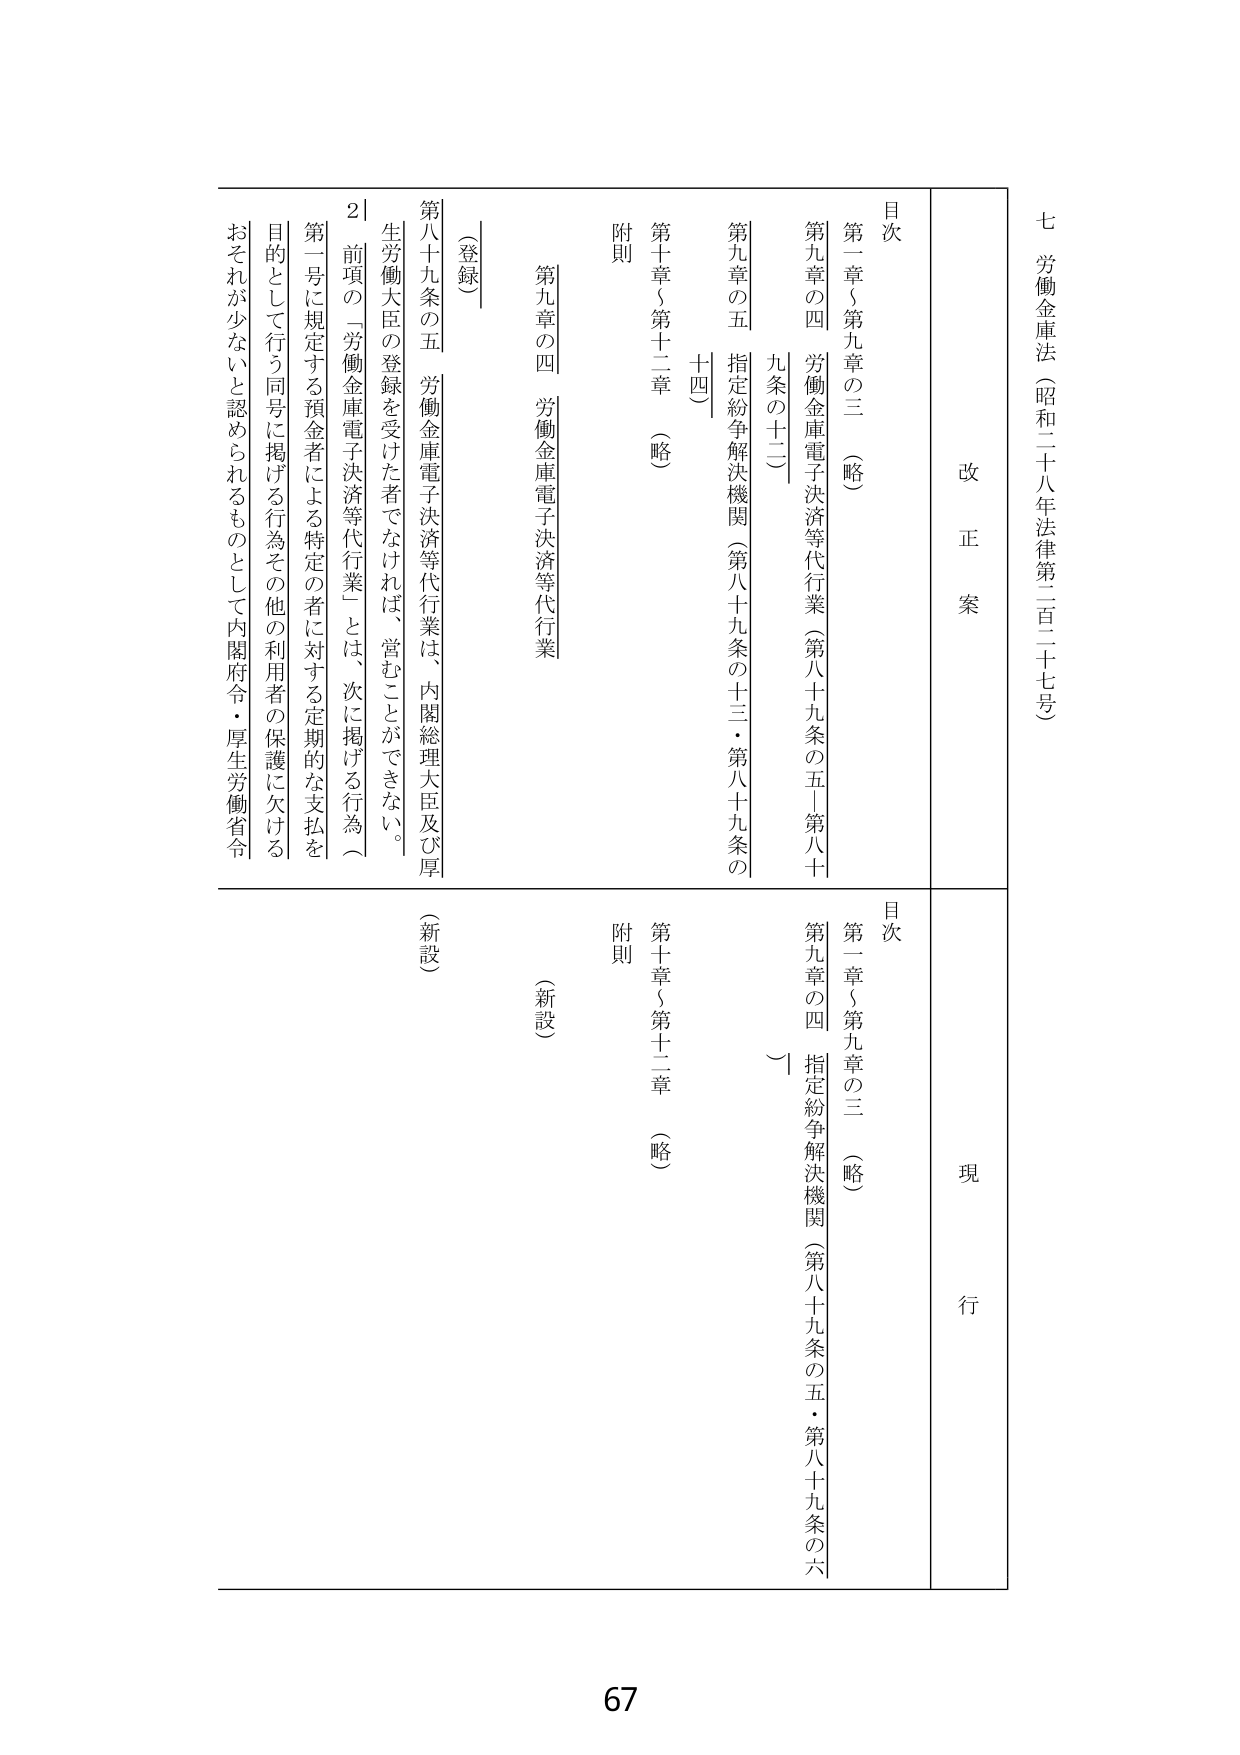
七 労働金庫法（昭和二十八年法律第二百二十七号）

改正案

目次
第一章～第九章の三 （略）
第九章の四 労働金庫電子決済等代行業（第八十九条の五～第八十九条の十二）
第九章の五 指定紛争解決機関（第八十九条の十三・第八十九条の十四）
第十章～第十二章 （略）
附則

（登録）
第八十九条の五 労働金庫電子決済等代行業は、内閣総理大臣及び厚生労働大臣の登録を受けた者でなければ、営むことができない。
２ 前項の「労働金庫電子決済等代行業」とは、次に掲げる行為（
第一号に規定する預金者による特定の者に対する定期的な支払を目的として行う同号に掲げる行為その他利用者の保護に欠けるおそれが少ないと認められるものとして内閣府令・厚生労働省令

現行

目次
第一章～第九章の三 （略）
第九章の四 指定紛争解決機関（第八十九条の五・第八十九条の六）
第十章～第十二章 （略）
附則

（新設）
（新設）

67